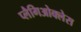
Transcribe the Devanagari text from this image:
प्लैगिओक्लेस